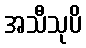
အသီသုပိ